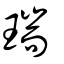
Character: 瑞